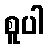
စူပါ